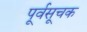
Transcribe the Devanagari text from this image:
पूर्वसूचक